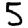
Digit: 5